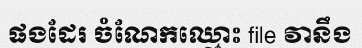
ផងដែរ ចំណែកឈ្មោះ file វានឹង